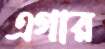
এগার